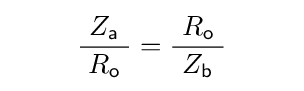
\;\qquad {\frac {\ Z_{\mathsf {a}}\ }{R_{\mathsf {o}}}}={\frac {\ R_{\mathsf {o}}\ }{Z_{\mathsf {b}}}}\qquad \;